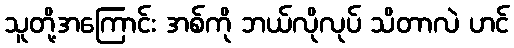
သူတို့အကြောင်း အစ်ကို ဘယ်လိုလုပ် သိတာလဲ ဟင်